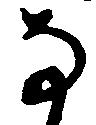
な